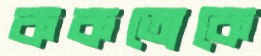
ককতোকে